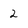
Character: 2